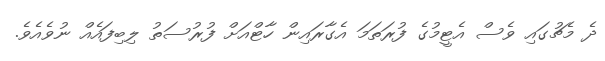
ދެ މެޗުގައި ވެސް އެޓީމުގެ ފުރަތަމަ އެގާރައިން ހާޓްއަށް ފުރުސަތު ލިބިފައެއް ނުވެއެވެ.